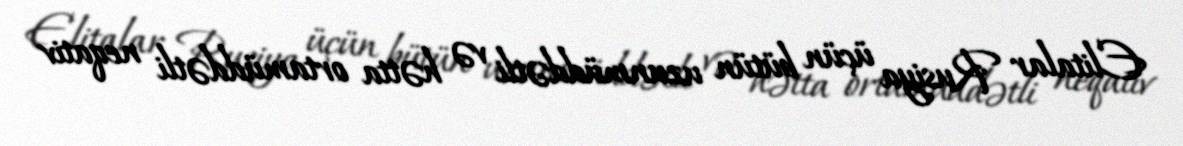
Elitalar Rusiya üçün bütün uzunmüddətli və hətta ortamüddətli neqativ